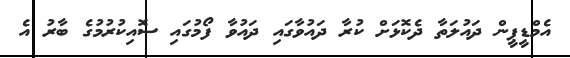
އެމްޑީޕީން ދައުލަތާ ދެކޮޅަށް ކުރާ ދައުވާގައި ދައުވާ ފޯމުގައި ސޮއިކުރުމުގެ ބާރު އެ